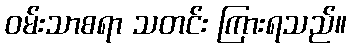
ဝမ်းသာစရာ သတင်း ကြားရသည်။